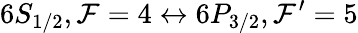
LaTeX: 6S_{1/2},\mathcal{F}=4\leftrightarrow6P_{3/2},\mathcal{F}^{\prime}=5